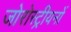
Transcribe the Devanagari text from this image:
जोरोस्ट्रीयनों